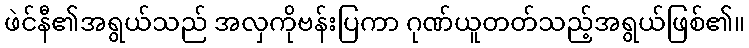
ဖဲင်နီ၏အရွယ်သည် အလှကိုဗန်းပြကာ ဂုဏ်ယူတတ်သည့်အရွယ်ဖြစ်၏။